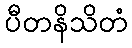
ပီတနိသိတံ